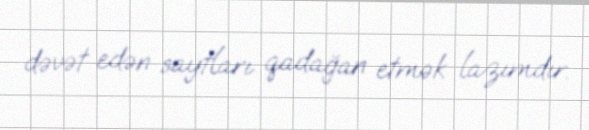
dəvət edən saytları qadağan etmək lazımdır.